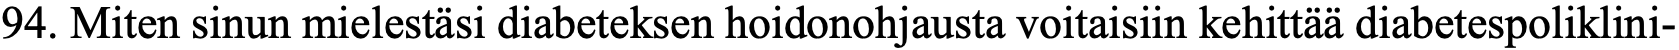
94. Miten sinun mielestäsi diabeteksen hoidonohjausta voitaisiin kehittää diabetespoliklini-